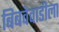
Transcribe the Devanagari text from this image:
बिबवेवाडीला